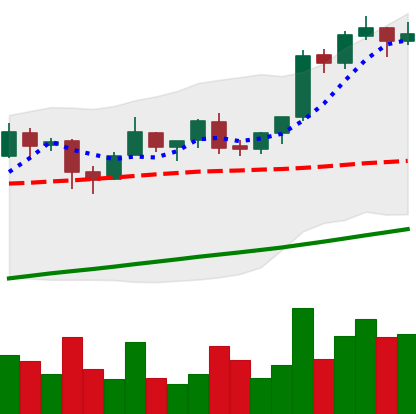
Ticker: BTC-USD
Chart end date: 2017-08-10
Forward return: 23.679%
Label: up_7plus